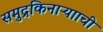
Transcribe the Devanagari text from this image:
समुद्रकिनाऱ्यााची